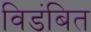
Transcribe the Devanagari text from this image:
विडंबित